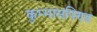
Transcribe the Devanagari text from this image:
कुम्मासपिण्ड